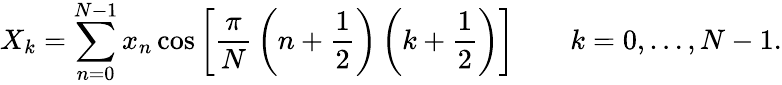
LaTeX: X_{k}=\sum_{n=0}^{N-1}x_{n}\cos\left[{\frac{\pi}{N}}\left(n+{\frac{1}{2}}\right)\left(k+{\frac{1}{2}}\right)\right]\quad\quad k=0,\dots,N-1.